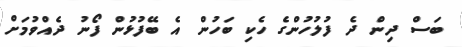
ބަސް ދިން ދެ ފުލުހުންގެ ހެކި ބަހުން އެ ބޭފުޅުން ފޯނު ދެއްވުމަށް